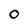
Character: O